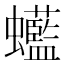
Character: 𧕭